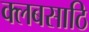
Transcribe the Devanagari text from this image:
क्लबसाठि